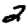
Digit: 2